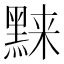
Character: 𬹗